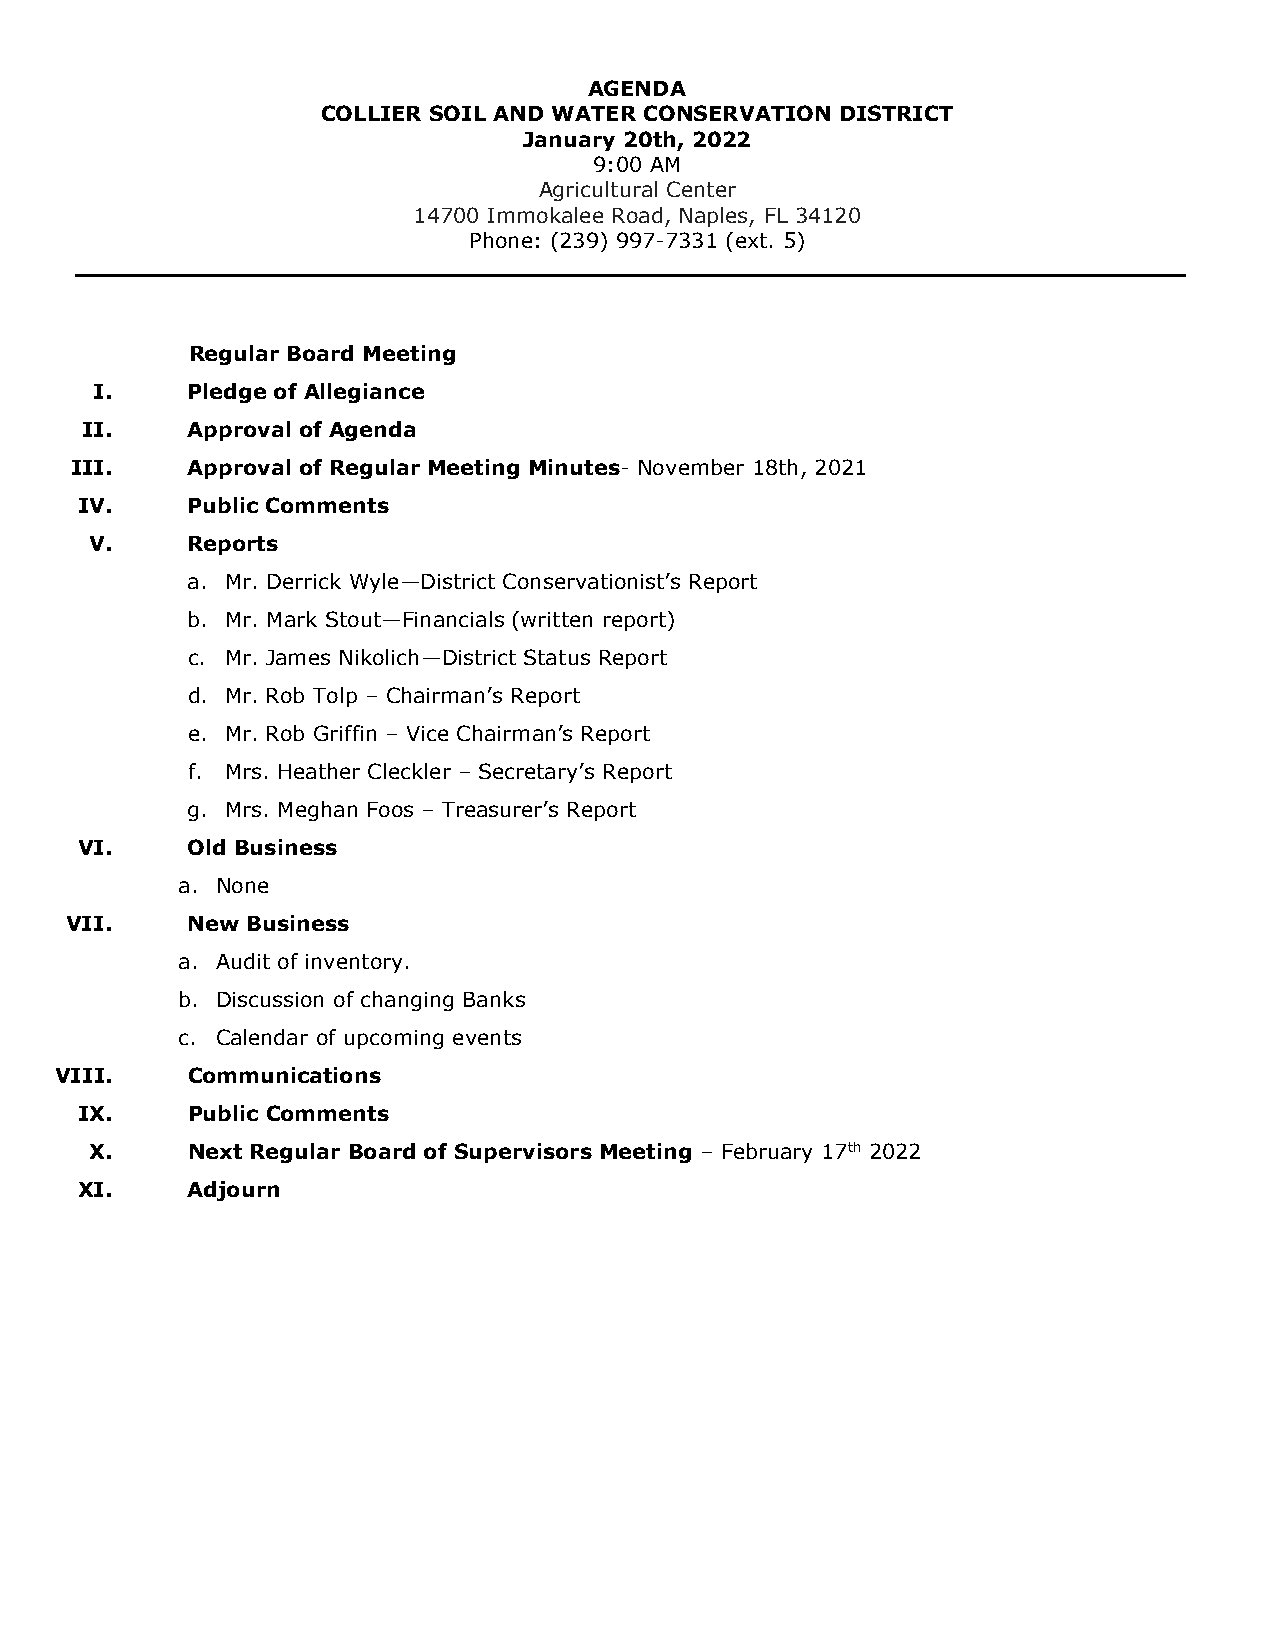
AGENDA
 COLLIER SOIL AND WATER CONSERVATION DISTRICT
 January 20th, 2022
 9:00 AM
 Agricultural Center
 14700 Immokalee Road, Naples, FL 34120
 Phone: (239) 997-7331 (ext. 5)
 ___________________________________________________________________________
 Regular Board Meeting
 I.    Pledge of Allegiance
 II.    Approval of Agenda
 III.   Approval of Regular Meeting Minutes- November 18th, 2021
 IV.    Public Comments
 V.    Reports
 a. Mr. Derrick Wyle—District Conservationist’s Report
 b. Mr. Mark Stout—Financials (written report)
 c. Mr. James Nikolich—District Status Report
 d. Mr. Rob Tolp – Chairman’s Report
 e. Mr. Rob Griffin – Vice Chairman’s Report
 f. Mrs. Heather Cleckler – Secretary’s Report
 g. Mrs. Meghan Foos – Treasurer’s Report
 VI.    Old Business
 a. None
 VII.    New Business
 a. Audit of inventory.
 b. Discussion of changing Banks
 c. Calendar of upcoming events
 VIII.   Communications
 IX.    Public Comments
 X.    Next Regular Board of Supervisors Meeting – February 17th 2022
 XI.    Adjourn